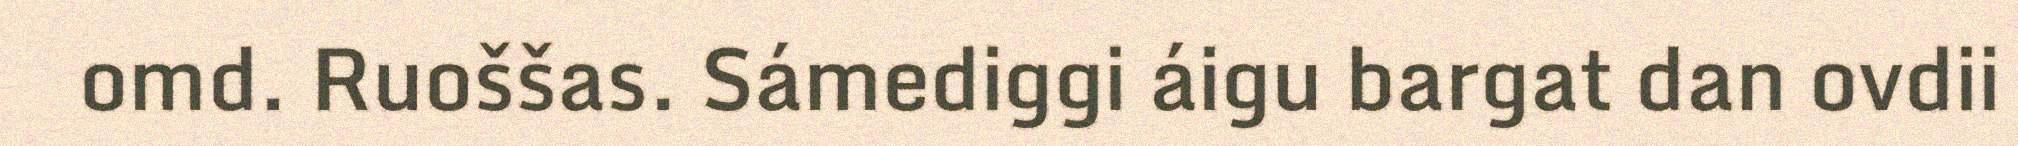
omd. Ruoššas. Sámediggi áigu bargat dan ovdii